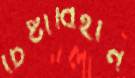
চেষ্টাবিহীন